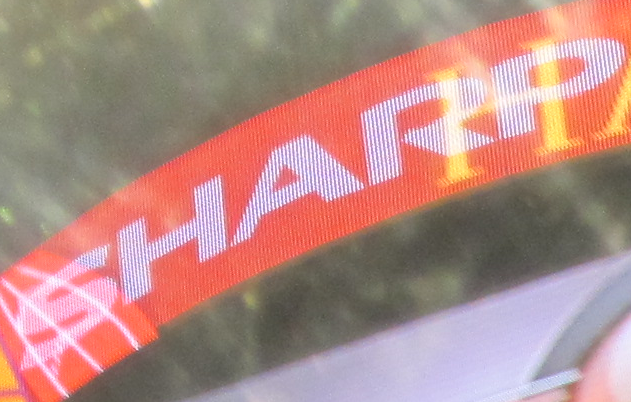
SHARP